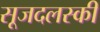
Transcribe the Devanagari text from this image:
सूजदलस्की